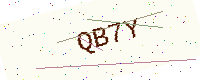
Text: QB7Y